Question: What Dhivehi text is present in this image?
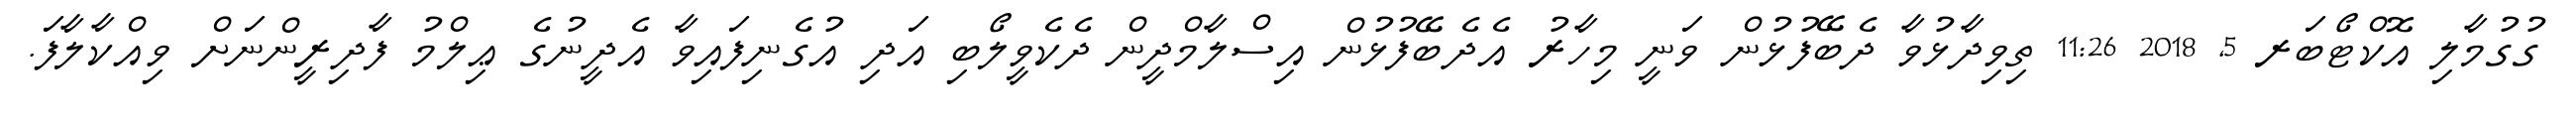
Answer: ގުގުމާލި އޮކްޓޯބަރ 5, 2018 11:26 ތިވިދާޅުވާ ދެބޭފުޅުން ވަނީ މިހާރު އެދެބޭފުޅުން އިސްލާމްދީން ދެކެވީލޯބި އަދި އުގެނިފައިވާ އެދީނުގެ ޢިލްމު ފާދިރީންނަށް ވިއްކާލާފަ.